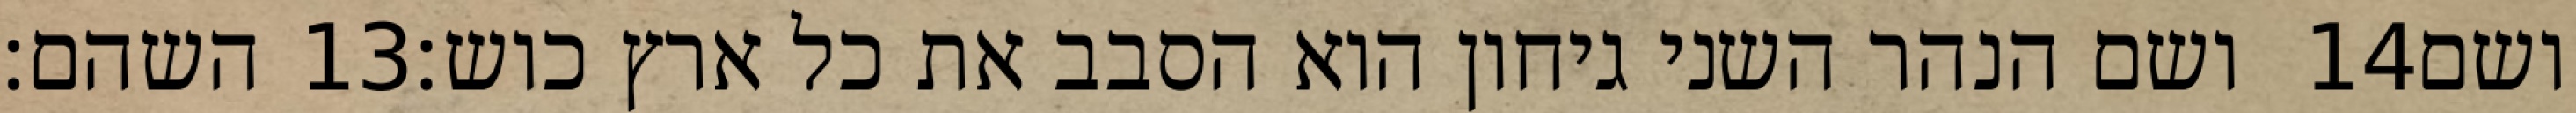
השהם׃ ‎13‏ ושם הנהר השני גיחון הוא הסבב את כל ארץ כוש׃ ‎14‏ ושם